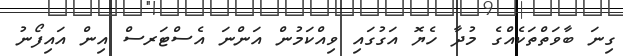
ގިނަ ބާވަތްތަކެއްގެ މުދާ ހެޔޮ އަގުގައި ވިއްކަމުން އަންނަ އެސްޓަރސް އިން އައިފޯނު